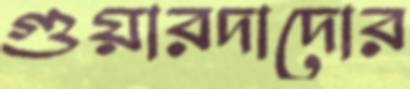
গুয়ারদাদোর